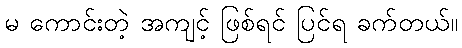
မ ကောင်းတဲ့ အကျင့် ဖြစ်ရင် ပြင်ရ ခက်တယ်။